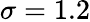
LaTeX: \sigma=1.2